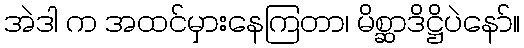
အဲဒါ က အထင်မှားနေကြတာ၊ မိစ္ဆာဒိဋ္ဌိပဲနော်။